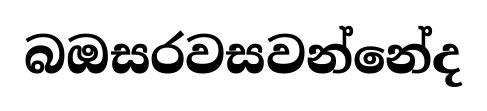
බඔසරවසවන්නේද